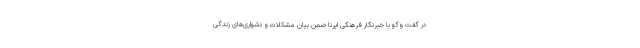
در گفت وگو با خبرنگار فرهنگی ایرنا ضمن بیان مشکلات و دشواری‌های زندگی